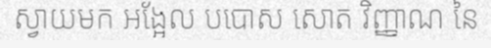
ស្វាយមក អង្អែល បបោស សោត វិញ្ញាណ នៃ